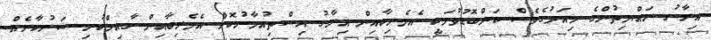
އިރާގު ރައްޔިތުންގެ މިއަދުގެވެސް ކަންބޮޑުވުމަކީ އެމެރިކާއިން އިރާގު އިސްތިއުމާރުކޮށް އެމެރިކާއިން ގާއިމްކުރި ސަރުކާރެއް